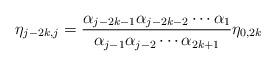
LaTeX: \begin{align*}\eta_{j-2k,j} = \frac{\alpha_{j-2k-1}\alpha_{j-2k-2}\cdots\alpha_{1}}{\alpha_{j-1}\alpha_{j-2}\cdots\alpha_{2k+1}}\eta_{0,2k}\end{align*}